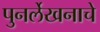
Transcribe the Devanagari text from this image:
पुनर्लेखनाचे